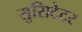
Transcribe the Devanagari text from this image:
सुसिटेटर